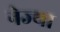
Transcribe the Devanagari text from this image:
नेज्या